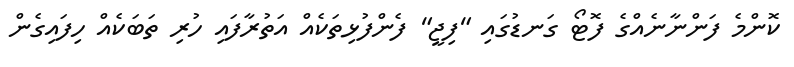
ކޮންމެ ފަންނާނެއްގެ ފޮޓޯ ގަނޑުގައި "ފިޖީ" ފެންފުޅިތަކެއް އަތުރާފައި ހުރި ތަބަކެއް ހިފައިގެން